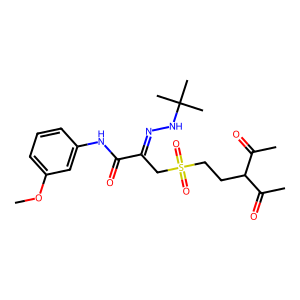
SMILES: COc1cccc(NC(=O)C(CS(=O)(=O)CCC(C(C)=O)C(C)=O)=NNC(C)(C)C)c1
Inhibits HIV replication: No